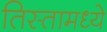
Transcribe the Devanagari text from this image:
तिस्तामध्ये